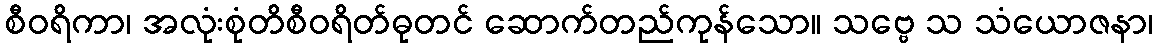
စီဝရိကာ၊ အလုံးစုံတိစီဝရိတ်ဓုတင် ဆောက်တည်ကုန်သော။ သဗ္ဗေ သ သံယောဇနာ၊